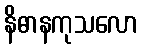
နိဓာနကုသလော